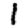
Digit: 1